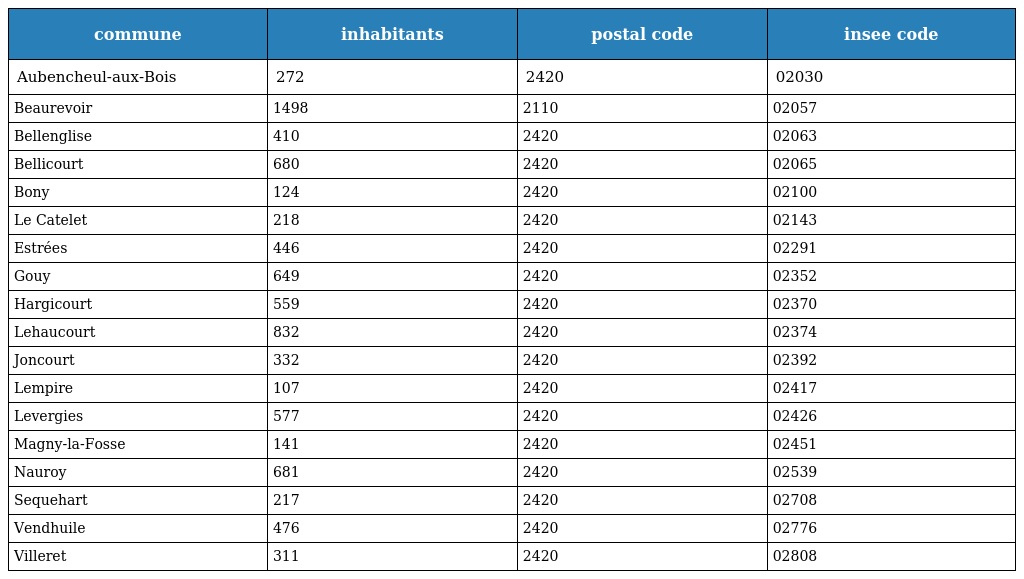
| commune | inhabitants | postal code | insee code |
 | --- | --- | --- | --- |
 | Aubencheul-aux-Bois | 272 | 2420 | 02030 |
 | Beaurevoir | 1498 | 2110 | 02057 |
 | Bellenglise | 410 | 2420 | 02063 |
 | Bellicourt | 680 | 2420 | 02065 |
 | Bony | 124 | 2420 | 02100 |
 | Le Catelet | 218 | 2420 | 02143 |
 | Estrées | 446 | 2420 | 02291 |
 | Gouy | 649 | 2420 | 02352 |
 | Hargicourt | 559 | 2420 | 02370 |
 | Lehaucourt | 832 | 2420 | 02374 |
 | Joncourt | 332 | 2420 | 02392 |
 | Lempire | 107 | 2420 | 02417 |
 | Levergies | 577 | 2420 | 02426 |
 | Magny-la-Fosse | 141 | 2420 | 02451 |
 | Nauroy | 681 | 2420 | 02539 |
 | Sequehart | 217 | 2420 | 02708 |
 | Vendhuile | 476 | 2420 | 02776 |
 | Villeret | 311 | 2420 | 02808 |